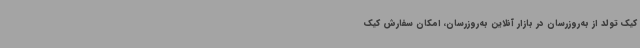
کیک تولد از به‌روزرسان در بازار آنلاین به‌روزرسان، امکان سفارش کیک‌